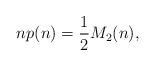
LaTeX: \begin{align*}n p(n) = \frac{1}{2} M_{2}(n),\end{align*}